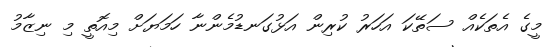
މީގެ އެތަކެއް ސަތޭކަ އަހަރު ކުރިން އަޅުގަނޑުމެންނާ ހަމަޔަށް މިއޮތީ މި ނިޒާމު